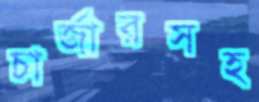
চার্জারসহ